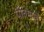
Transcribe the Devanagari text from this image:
पीतमपुर